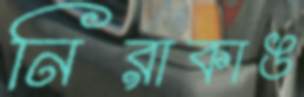
নিরাকাঙ